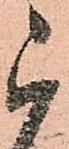
被